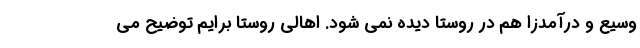
وسیع و درآمدزا هم در روستا دیده نمی شود. اهالی روستا برایم توضیح می